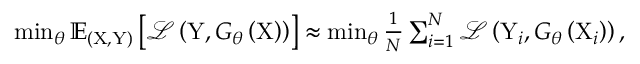
\begin{array} { r } { \operatorname* { m i n } _ { \theta } \mathbb { E } _ { ( \mathrm { X } , \mathrm { Y } ) } \left[ \mathcal { L } \left( \mathrm { Y } , G _ { \theta } \left( \mathrm { X } \right) \right) \right] \approx \operatorname* { m i n } _ { \theta } \frac { 1 } { N } \sum _ { i = 1 } ^ { N } \mathcal { L } \left( \mathrm { Y } _ { i } , G _ { \theta } \left( \mathrm { X } _ { i } \right) \right) , } \end{array}